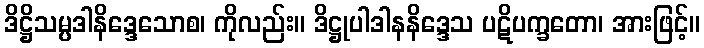
ဒိဋ္ဌိသမ္ပဒါနိဒ္ဒေသောစ၊ ကိုလည်း။ ဒိဋ္ဌုပါဒါနနိဒ္ဒေသ ပဋိပက္ခတော၊ အားဖြင့်။